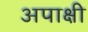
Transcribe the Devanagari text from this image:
अपाक्षी